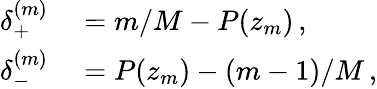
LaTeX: \begin{array}{rl}{\delta_{+}^{(m)}}&{{}=m/M-P(z_{m})\, ,}\\ {\delta_{-}^{(m)}}&{{}=P(z_{m})-(m-1)/M\, ,}\end{array}